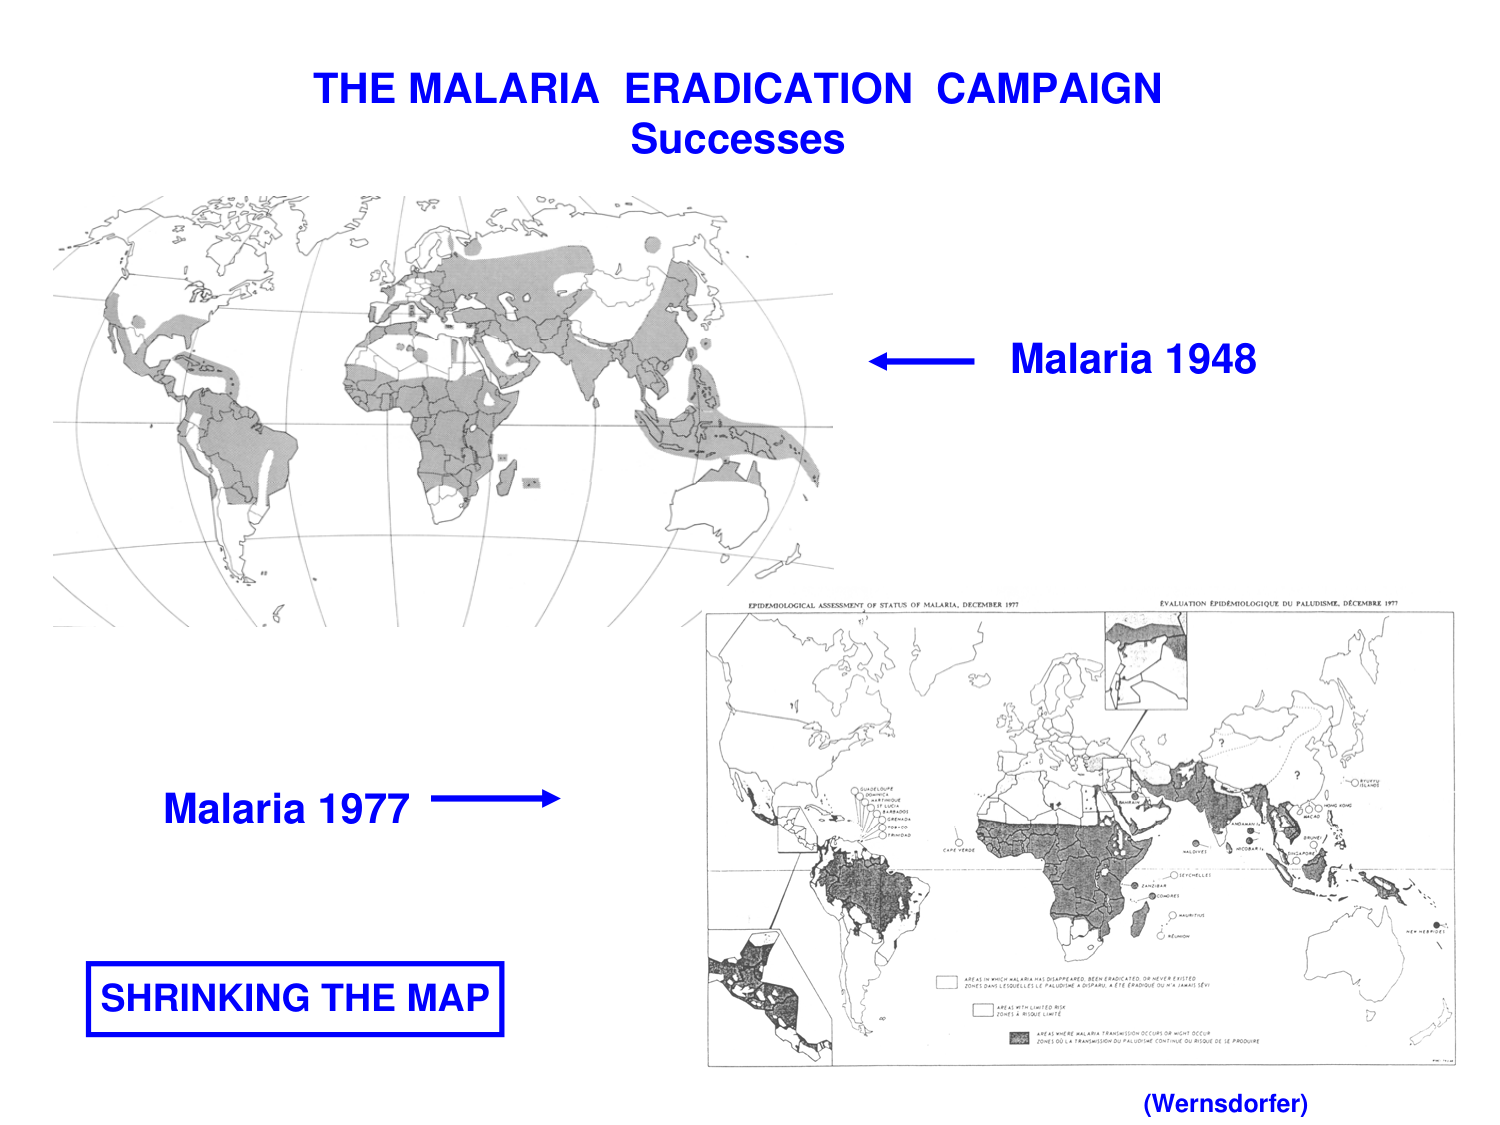
THE MALARIA ERADICATION CAMPAIGN
Successes

Malaria 1948

Malaria 1977

SHRINKING THE MAP

EPIDEMIOLOGICAL ASSESSMENT OF STATUS OF MALARIA, DECEMBER 1977
ÉVALUATION ÉPIDÉMIOLOGIQUE DU PALUDISME, DÉCEMBRE 1977

AREAS IN WHICH MALARIA HAS DISAPPEARED, BEEN ERADICATED, OR NEVER EXISTED
ZONES DANS LESQUELLES LE PALUDISME A DISPARU, A ÉTÉ ÉRADIQUÉ OU N'A JAMAIS EXISTÉ

AREAS WITH LIMITED RISK
ZONES À RISQUE LIMITÉ

AREAS WHERE MALARIA TRANSMISSION OCCURS OR MIGHT OCCUR
ZONES OÙ LA TRANSMISSION DU PALUDISME CONTINUE OU RISQUE DE SE PRODUIRE

(Wernsdorfer)